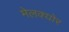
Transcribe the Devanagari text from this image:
मेलक्योर